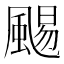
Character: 𩗺